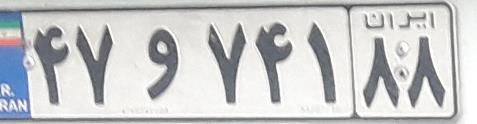
۴۷و۷۴۱۸۸